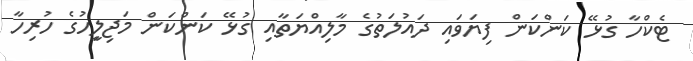
ޓެކްހާ ގުޅޭ ކަންކަން ފިޔަވައި ދައުލަތުގެ މާލިއްޔަތާއި ގުޅޭ ކަންކަން މަޖިލިީހުގެ ހުރިހާ